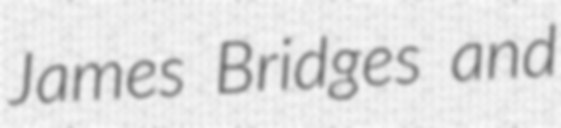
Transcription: James Bridges and